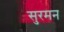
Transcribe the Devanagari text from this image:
सुरमन